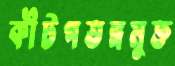
কীটপতঙ্গমুক্ত